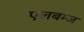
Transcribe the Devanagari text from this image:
एलबम्ज